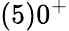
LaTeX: (5)0^{+}